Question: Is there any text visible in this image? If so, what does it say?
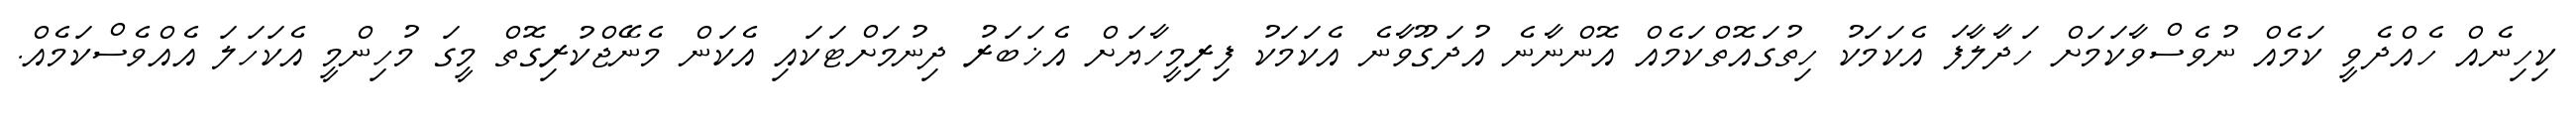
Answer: ކިހިނެއް ހެއްދެވީ ކަމެއް ނުވެސްވާކަމަށް ހަދާލާފަ އެކަމަކު ހިތުގައޮތްކަމެއް އޮންނާނެ އުދަގޫވާނެ އެކަމަކު ފިރިމީހާޔަށް އެޚަބަރު ދިނުމަށްޓަކައި އެކަން މެނޭޖްކުރިގޮތް މީގަ މުހިންމީ އެކަހަލަ އެއްވެސްކަމެއް.